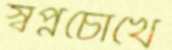
স্বপ্নচোখে